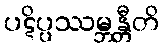
ပဋိပ္ပဿမ္ဘန္တီတိ